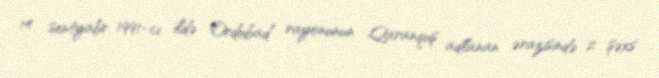
14 sentyabr 1991-ci ildə Ordubad rayonunun Qaranquş adlanan ərazisində 2 şəxs